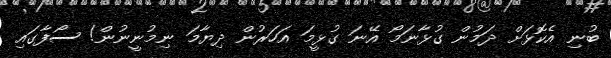
ބުނި އެކޮޅަށް ދަމުން ގުޅާނަމޯ އޭނަ ގުޅީމަ އަހަރުން ދިޔާމަ ނިމުނީނުން! ސޯފާގައި